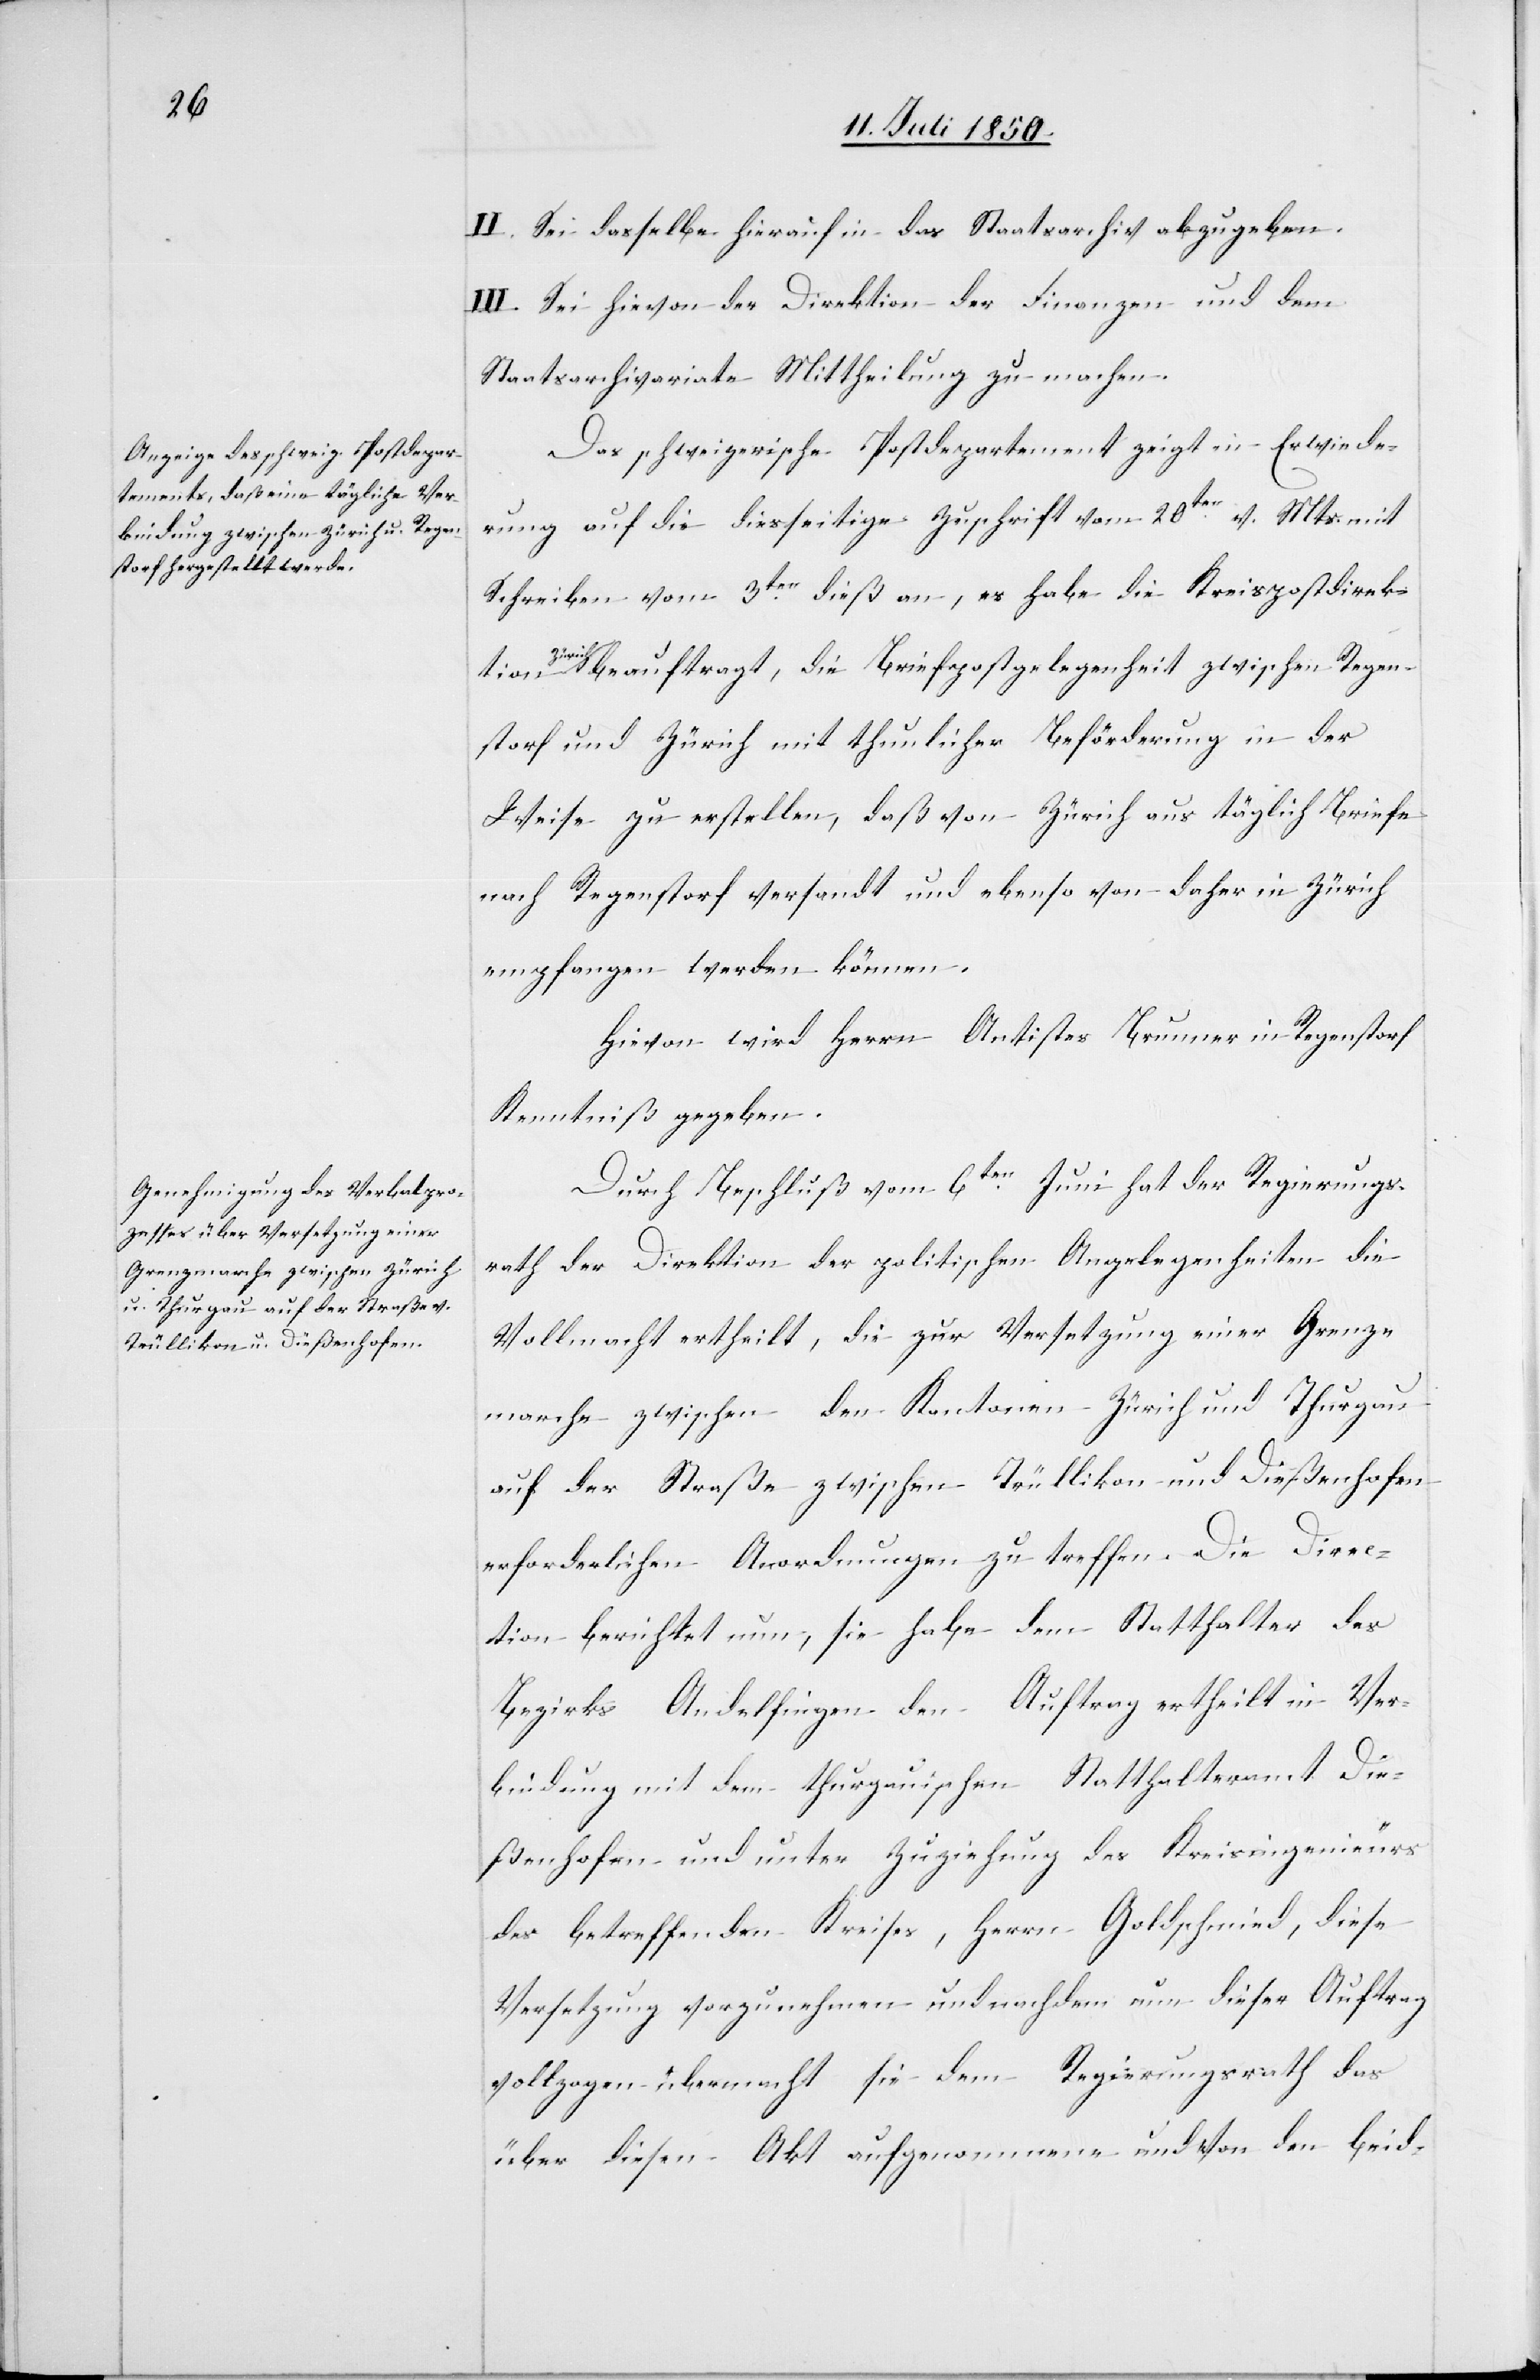
II. Sei dasselbe hierauf in das Staatsarchiv abzugeben.
III. Sei hievon der Direktion der Finanzen und dem
Staatsarchivariate Mittheilung zu machen.
Das schweizerische Postdepartement zeigt in Erwiede¬
rung auf die diesseitige Zuschrift vom 20ten v. Mts. mit
Schreiben vom 3ten dieß an, es habe die Kreispostdirek¬
Zür¬
ich beauftragt, die Briefpostgelegenheit zwischen Regen¬
storf und Zürich mit thunlicher Beförderung in der
Weise zu erstellen, daß von Zürich aus täglich Briefe
nach Regenstorf versandt und ebenso von daher in Zürich
empfangen werden können.
Hievon wird Herrn Antistes Brunner in Regenstorf
Kenntniß gegeben.
Durch Beschluß vom 6ten Juni hat der Regierungs¬
rath der Direktion der politischen Angelegenheiten die
Vollmacht ertheilt, die zur Versetzung einer Grenz¬
marche zwischen den Kantonen Zürich und Thurgau
auf der Straße zwischen Trüllikon und Dießenhofen
erforderlichen Anordnungen zu treffen. Die Direc¬
tion berichtet nun, sie habe dem Statthalter des
Bezirks Andelfingen den Auftrag ertheilt in Ver¬
bindung mit dem thurgauischen Statthalteramt Die¬
ßenhofen und unter Zuziehung des Kreisingenieurs
des betreffenden Kreises, Herrn Goldschmied, diese
Versetzung vorzunehmen und nachdem nun dieser Auftrag
vollzogen übermacht sie dem Regierungsrath das
über diesen Akt aufgenommene und von den beid-